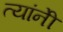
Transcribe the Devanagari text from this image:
त्यांनीेे